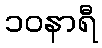
၁၀နာရီ